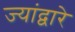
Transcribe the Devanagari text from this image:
ज्यांद्वारे